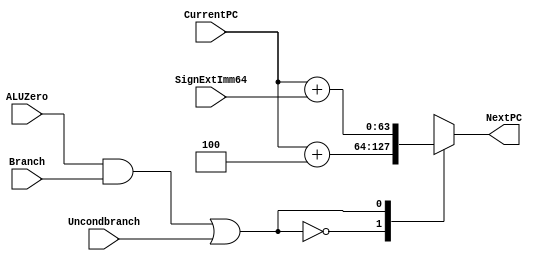
`timescale 1ns / 1ps
module NextPCLogic(NextPC, CurrentPC, SignExtImm64, Branch, ALUZero, Uncondbranch); 
       input [63:0] CurrentPC, SignExtImm64; 
       input Branch, ALUZero, Uncondbranch; 
       output reg [63:0] NextPC; 
       /* write your code here */

   wire 	     Selector;
   wire 	     ZeroANDBranch;
   and and0(ZeroANDBranch, ALUZero, Branch);

   or or0(Selector, ZeroANDBranch, Uncondbranch);

   always @ (Selector) begin
      case(Selector)
	0:
	  NextPC <= #2 CurrentPC + 4;
	1:
	  NextPC <= #3 CurrentPC + SignExtImm64;
       
      endcase // case (Selector)
   end
   
   
endmodule